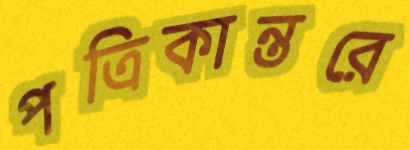
পত্রিকান্তরে